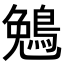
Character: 𬷖